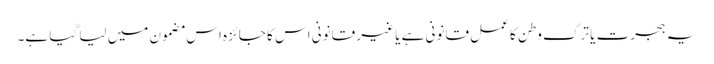
یہ ہجرت یا ترک وطن کا عمل قانونی ہے یا غیر قانونی اس کا جائزہ اس مضمون میں لیا گیا ہے۔